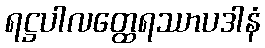
ရဋ္ဌပါလတ္ထေရဿာပဒါနံ